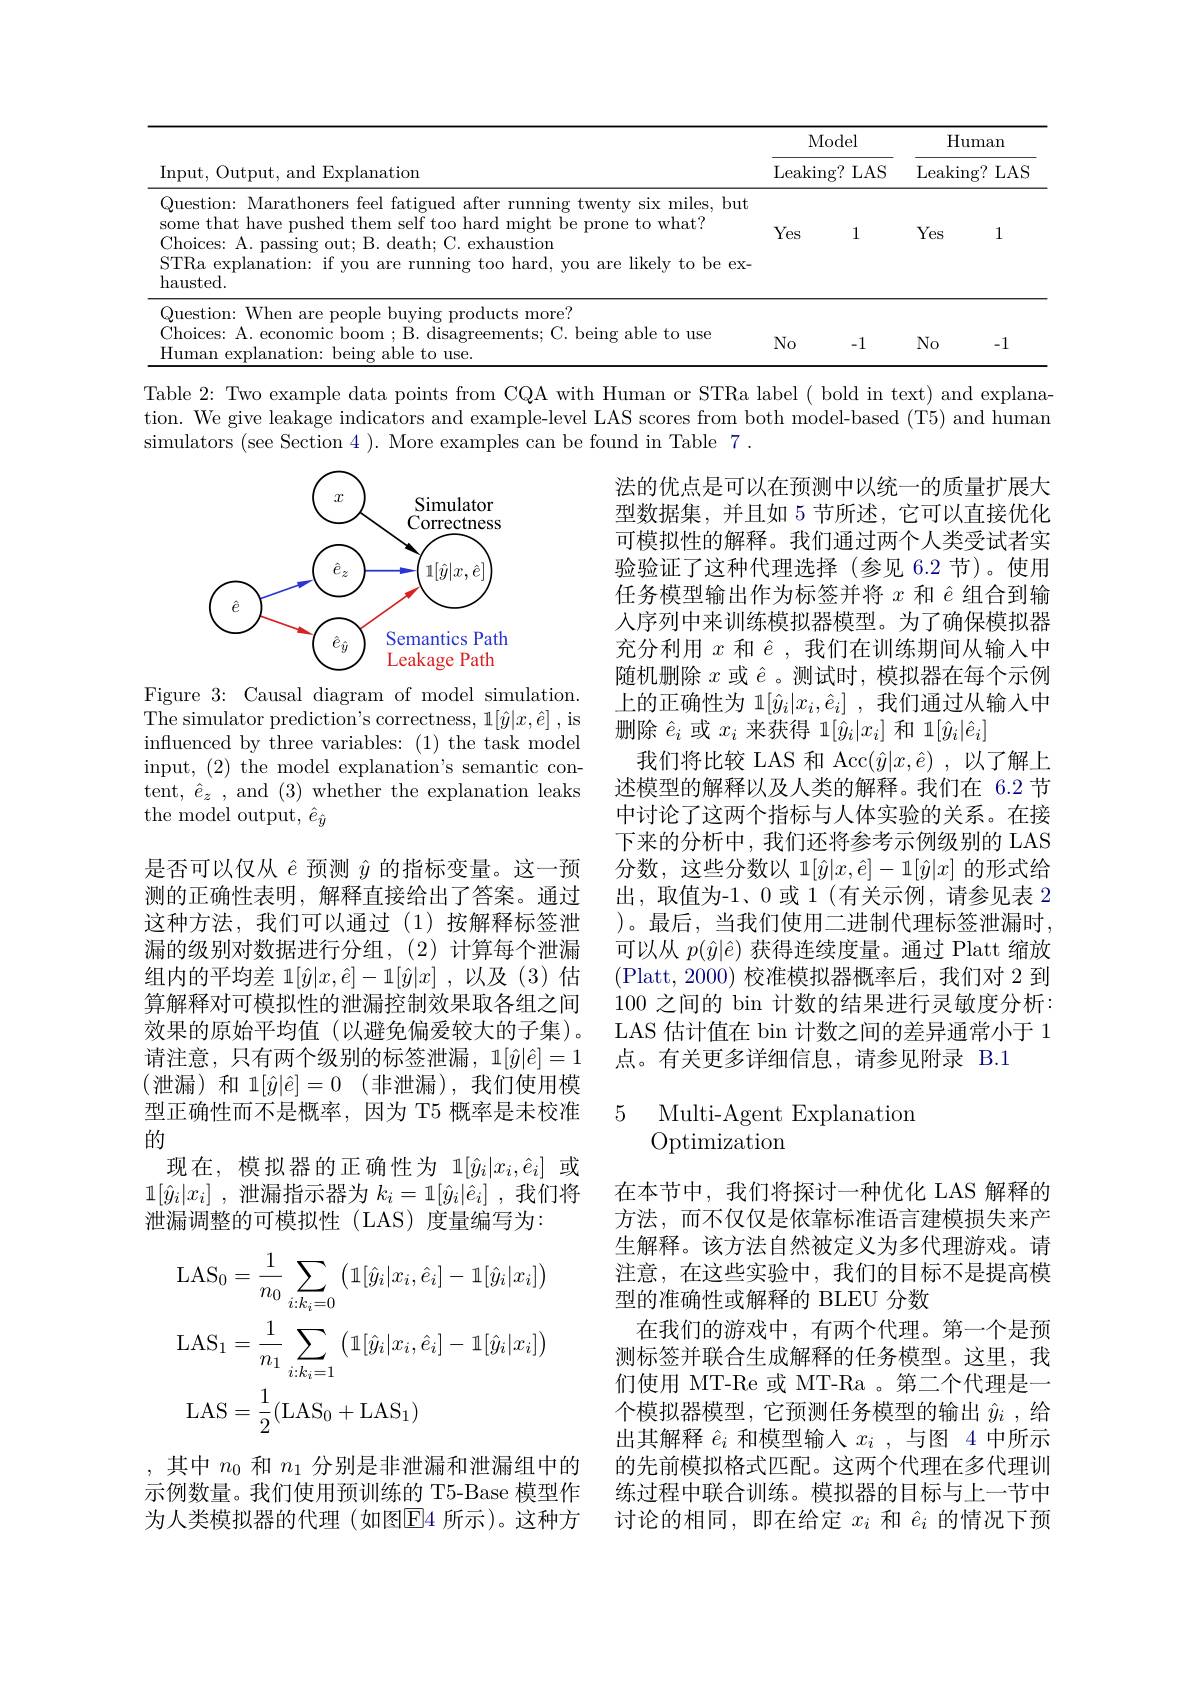
<table>
	<tbody>
		<tr>
			<th rowspan="2">Input, Output, and Explanation</th>
			<th colspan="2">Model</th>
			<th colspan="2">$\operatorname{Human}$</th>
		</tr>
		<tr>
			<th>Leaking? </th>
			<th>$LAS$</th>
			<th>Leaking? </th>
			<th>$LAS$</th>
		</tr>
		<tr>
			<td>Question: Marathoners feel fatigued after running twenty six miles, but some that have pushed them self too hard might be prone to what? Choices: A. passing out; B. death; C. exhaustion STRa explanation: if you are running too hard, you are likely to be ex- hausted. </td>
			<td>Yes</td>
			<td>1</td>
			<td>Yes</td>
			<td>1</td>
		</tr>
		<tr>
			<td>Question: When are people buying products more? Choices: A. economic boom; B. disagreements; C. being able to use Human explanation: being able to use.</td>
			<td>$No$</td>
			<td>-1</td>
			<td>$No$</td>
			<td>-1</td>
		</tr>
	</tbody>
</table>

Table 2: Two example data points from CQA with Human or STRa label( bold in text) and explanation. We give leakage indicators and example-level LAS scores from both model-based (T5) and human simulators (see Section 4 ). More examples can be found in Table 7 .

<FigureHere>

Figure 3: Causal diagram of model simulation. influenced by three variables: (1) the task model input, (2) the model explanation's semantic content, $\hat{e}_z$ , and (3) whether the explanation leaks the model output, $\hat{e}_{\hat{y}}$

法的优点是可以在预测中以统一的质量扩展大型数据集，并且如 5 节所述，它可以直接优化可模拟性的解释。我们通过两个人类受试者实验验证了这种代理选择(参见 6.2 节)。使用任务模型输出作为标签并将$x$和$\hat{e}$组合到输入序列中来训练模拟器模型。为了确保模拟器充分利用$x$和$\hat{e}$ ,我们在训练期间从输入中随机删除$x$或$\hat{e}$ 。测试时，模拟器在每个示例上的正确性为 1$[\hat{y}_i|x_i,\hat{e}_i]$ ,我们通过从输入中删除$\hat{e}_i$或$x_i$来获得 1$[\hat{y}_i|x_i]$和 1$[\hat{y}_i|\hat{e}_i]$
我们将比较 LAS 和 Acc$(\hat{y}|x,\hat{e})$ ,以了解上述模型的解释以及人类的解释。我们在 6.2 节中讨论了这两个指标与人体实验的关系。在接下来的分析中，我们还将参考示例级别的 LAS 分数，这些分数以 1$[\hat{y}|x,\hat{e}]-1[\hat{y}|x]$的形式给出，取值为-1、0 或 1(有关示例，请参见表 2 )。最后，当我们使用二进制代理标签泄漏时， 可以从$p(\hat{y}|\hat{e})$获得连续度量。通过 Platt 缩放(Platt,2000)校准模拟器概率后，我们对 2 到100之间的 bin 计数的结果进行灵敏度分析： LAS 估计值在 bin 计数之间的差异通常小于 1点。有关更多详细信息，请参见附录 B.1

是否可以仅从$\hat{e}$预测$\hat{y}$的指标变量。这一预测的正确性表明，解释直接给出了答案。通过这种方法，我们可以通过(1)按解释标签泄漏的级别对数据进行分组，(2)计算每个泄漏组内的平均差 1$[\hat{y}|x,\hat{e}]-1[\hat{y}|x]$ ,以及 (3)估算解释对可模拟性的泄漏控制效果取各组之间效果的原始平均值(以避免偏爱较大的子集)。请注意，只有两个级别的标签泄漏，$1[\hat{y}|\hat{e}]=1$ (泄漏)和1$[ \hat{y} | \hat{e} ] = 0$ (非泄漏),我们使用模型正确性而不是概率，因为 T5 概率是未校准的
现在，模拟器的正确性为 1$[\hat{y}_i|x_i,\hat{e}_i]$或$1[ \hat{y} _i| x_i]$ ,泄漏指示器为 $k_i= 1[ \hat{y} _i| \hat{e} _i]$ , 我们将泄漏调整的可模拟性(LAS)度量编写为：

## 5 Multi-Agent Explanation Optimization
$$\begin{aligned}&\mathrm{LAS}_{0}=\frac{1}{n_{0}}\sum_{i:k_{i}=0}\left(\mathbb{1}[\hat{y}_{i}|x_{i},\hat{e}_{i}]-\mathbb{1}[\hat{y}_{i}|x_{i}]\right)\\&\mathrm{LAS}_{1}=\frac{1}{n_{1}}\sum_{i:k_{i}=1}\left(\mathbb{1}[\hat{y}_{i}|x_{i},\hat{e}_{i}]-\mathbb{1}[\hat{y}_{i}|x_{i}]\right)\\&\mathrm{LAS}=\frac{1}{2}(\mathrm{LAS}_{0}+\mathrm{LAS}_{1})\end{aligned}$$
在本节中，我们将探讨一种优化 LAS 解释的方法，而不仅仅是依靠标准语言建模损失来产生解释。该方法自然被定义为多代理游戏。请注意，在这些实验中，我们的目标不是提高模型的准确性或解释的 BLEU 分数
在我们的游戏中，有两个代理。第一个是预测标签并联合生成解释的任务模型。这里，我们使用 MT-Re 或 MT-Ra 。第二个代理是一个模拟器模型，它预测任务模型的输出$\hat{y}_i$ ,给出其解释$\hat{e}_i$和模型输入$x_i$,与图 4 中所示的先前模拟格式匹配。这两个代理在多代理训练过程中联合训练。模拟器的目标与上一节中讨论的相同，即在给定$x_i$和$\hat{e}_i$的情况下预

,其中$n_0$和$n_1$分别是非泄漏和泄漏组中的示例数量。我们使用预训练的 T5-Base 模型作为人类模拟器的代理(如图$\overline{\mathrm{E}}$4 所示)。这种方